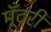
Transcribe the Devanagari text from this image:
मूँदरी